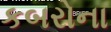
કબરોના